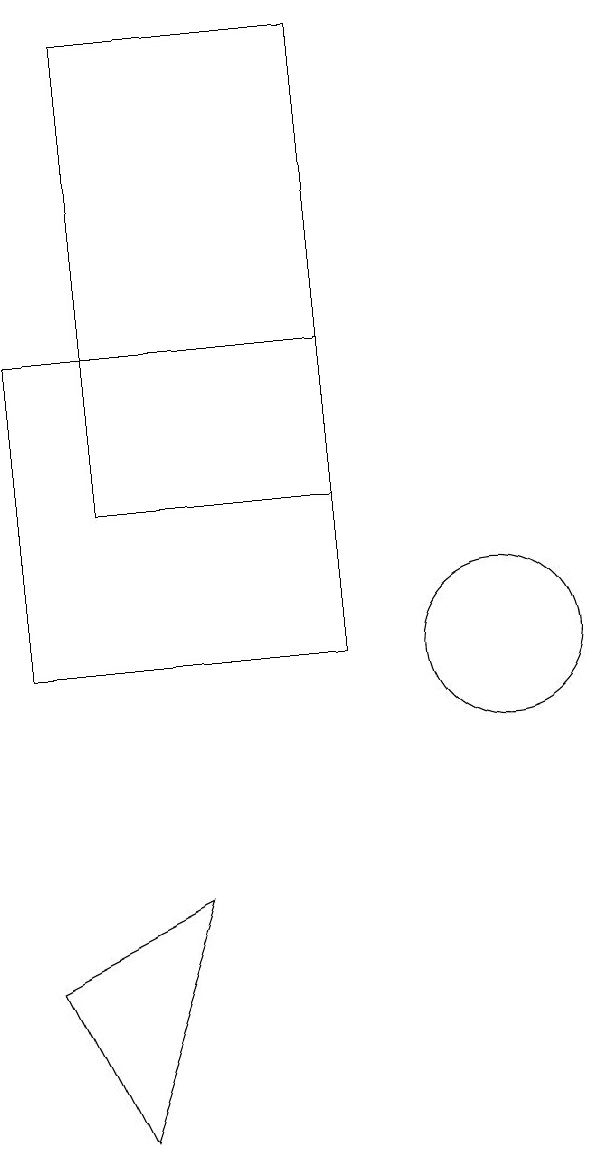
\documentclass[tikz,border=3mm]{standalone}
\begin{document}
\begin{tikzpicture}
\draw (6,7) -- (4,6) -- (5,4) -- cycle;
\draw (4,14) rectangle (8,10);
\draw (10,10) circle (1);
\draw (8,18) rectangle (5,12);
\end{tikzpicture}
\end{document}